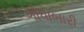
ગોધાબારી